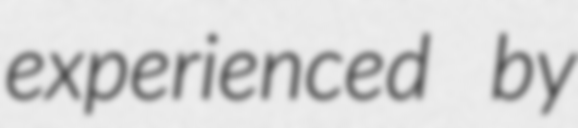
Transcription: experienced by